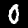
Digit: 0